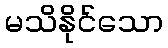
မသိနိုင်သော